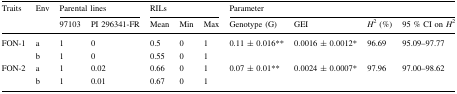
<table><thead><tr><td rowspan="2"><b>Traits</b></td><td rowspan="2"><b>Env</b></td><td colspan="2"><b>Parental lines</b></td><td colspan="3"><b>RILs</b></td><td colspan="4"><b>Parameter</b></td></tr><tr><td><b>97103</b></td><td><b>PI 296341-FR</b></td><td><b>Mean</b></td><td><b>Min</b></td><td><b>Max</b></td><td><b>Genotype (G)</b></td><td><b>GEI</b></td><td><b><i>H</i><sup>2</sup> (%)</b></td><td><b>95 % CI on <i>H</i><sup>2</sup></b></td></tr></thead><tbody><tr><td rowspan="2">FON-1</td><td>a</td><td>1</td><td>0</td><td>0.5</td><td>0</td><td>1</td><td rowspan="2">0.11 ± 0.016**</td><td rowspan="2">0.0016 ± 0.0012*</td><td rowspan="2">96.69</td><td rowspan="2">95.09–97.77</td></tr><tr><td>b</td><td>1</td><td>0</td><td>0.55</td><td>0</td><td>1</td></tr><tr><td rowspan="2">FON-2</td><td>a</td><td>1</td><td>0.02</td><td>0.66</td><td>0</td><td>1</td><td rowspan="2">0.07 ± 0.01**</td><td rowspan="2">0.0024 ± 0.0007*</td><td rowspan="2">97.96</td><td rowspan="2">97.00–98.62</td></tr><tr><td>b</td><td>1</td><td>0.01</td><td>0.67</td><td>0</td><td>1</td></tr></tbody></table>